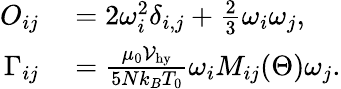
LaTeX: \begin{array}{rl}{O_{ij}}&{{}=2\omega_{i}^{2}\delta_{i,j}+\frac{2}{3}\omega_{i}\omega_{j},}\\ {\Gamma_{ij}}&{{}=\frac{\mu_{0}{\cal V}_{\mathrm{hy}}}{5Nk_{B}T_{0}}\omega_{i}M_{ij}(\Theta)\omega_{j}.}\end{array}